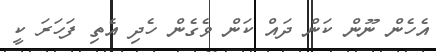
އެހެން ނޫން ކަން ދައް ކަން ވެގެން ހެދި އެތި ފަހަރަ ކީ